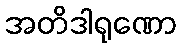
အတိဒါရုဏော